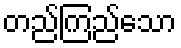
တည်ကြည်သော